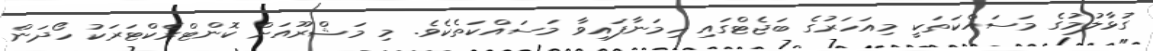
ގުޅާލުމުގެ މަސައްކަތަކީ މިއަހަރުގެ ބަޖެޓްގައި ހިމަނާފައިވާ މަސައްކަތެކެވެ. މި މަޝްރޫއަށް ކޮންޓްރެކްޓަރަކު ހޯދަން